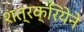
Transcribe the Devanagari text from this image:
शत्रक्रियेने